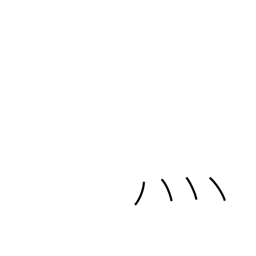
Meaning: fire radical (no. 86)